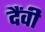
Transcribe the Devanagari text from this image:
दैंवी